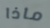
ماذا